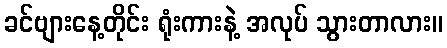
ခင်ဗျားနေ့တိုင်း ရုံးကားနဲ့ အလုပ် သွားတာလား။